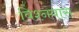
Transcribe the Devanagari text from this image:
विश्नवास